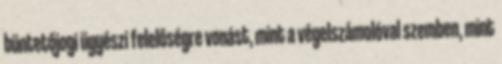
büntetőjogi ügyészi felelőségre vonást, mint a végelszámolóval szemben, mint